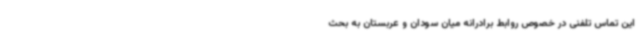
این تماس تلفنی در خصوص روابط برادرانه میان سودان و عربستان به بحث